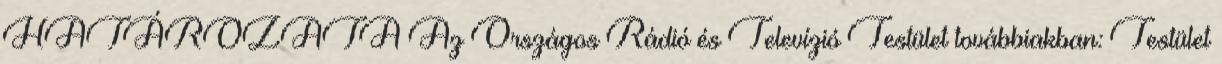
HATÁROZATA Az Országos Rádió és Televízió Testület továbbiakban: Testület